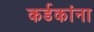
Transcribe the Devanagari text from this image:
कर्डकांना